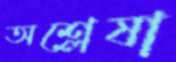
অশ্লেষা